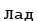
Лад